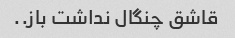
قاشق چنگال نداشت باز..